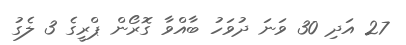
27 އަދި 30 ވަނަ ދުވަހު ބާއްވާ ގޮރޯން ޕްރީގެ 3 ލެގު